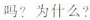
吗?为什么?